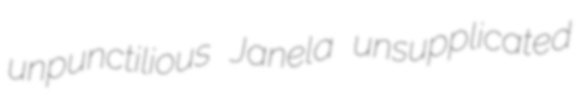
unpunctilious Janela unsupplicated